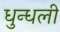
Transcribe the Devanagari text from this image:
धुन्धली